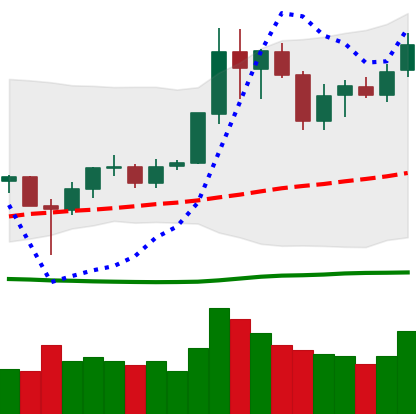
Ticker: LINK-USD
Chart end date: 2020-07-02
Forward return: 17.872%
Label: up_7plus